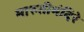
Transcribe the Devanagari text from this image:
मारुतीमंदिरे